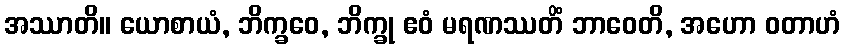
အဿာတိ။ ယောစာယံ, ဘိက္ခဝေ, ဘိက္ခု ဧဝံ မရဏဿတိံ ဘာဝေတိ, အဟော ဝတာဟံ